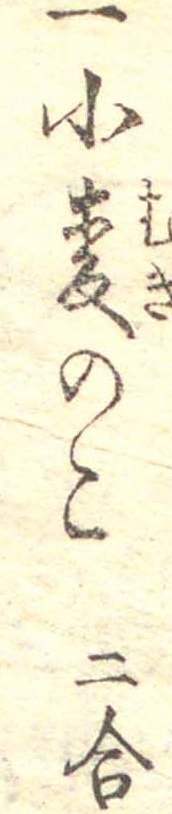
一小麦のこ二合